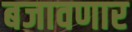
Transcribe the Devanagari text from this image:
बजावणार